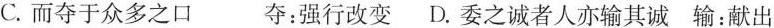
C.而夺于众多之口夺：强行改变 D.委之诚者人亦输其诚输：献出